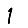
Digit: 1